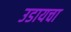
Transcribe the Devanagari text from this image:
उडायचा